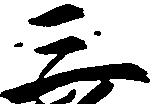
三